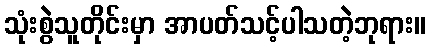
သုံးစွဲသူတိုင်းမှာ အာပတ်သင့်ပါသတဲ့ဘုရား။